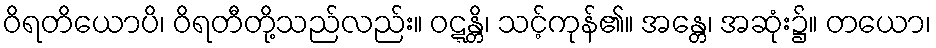
ဝိရတိယောပိ၊ ဝိရတီတို့သည်လည်း။ ဝဋ္ဋန္တိ၊ သင့်ကုန်၏။ အန္တေ၊ အဆုံး၌။ တယော၊